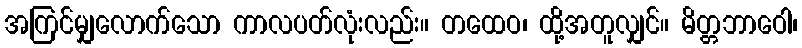
အကြင်မျှလောက်သော ကာလပတ်လုံးလည်း။ တထေဝ၊ ထို့အတူလျှင်။ မိတ္တဘာဝေါ၊